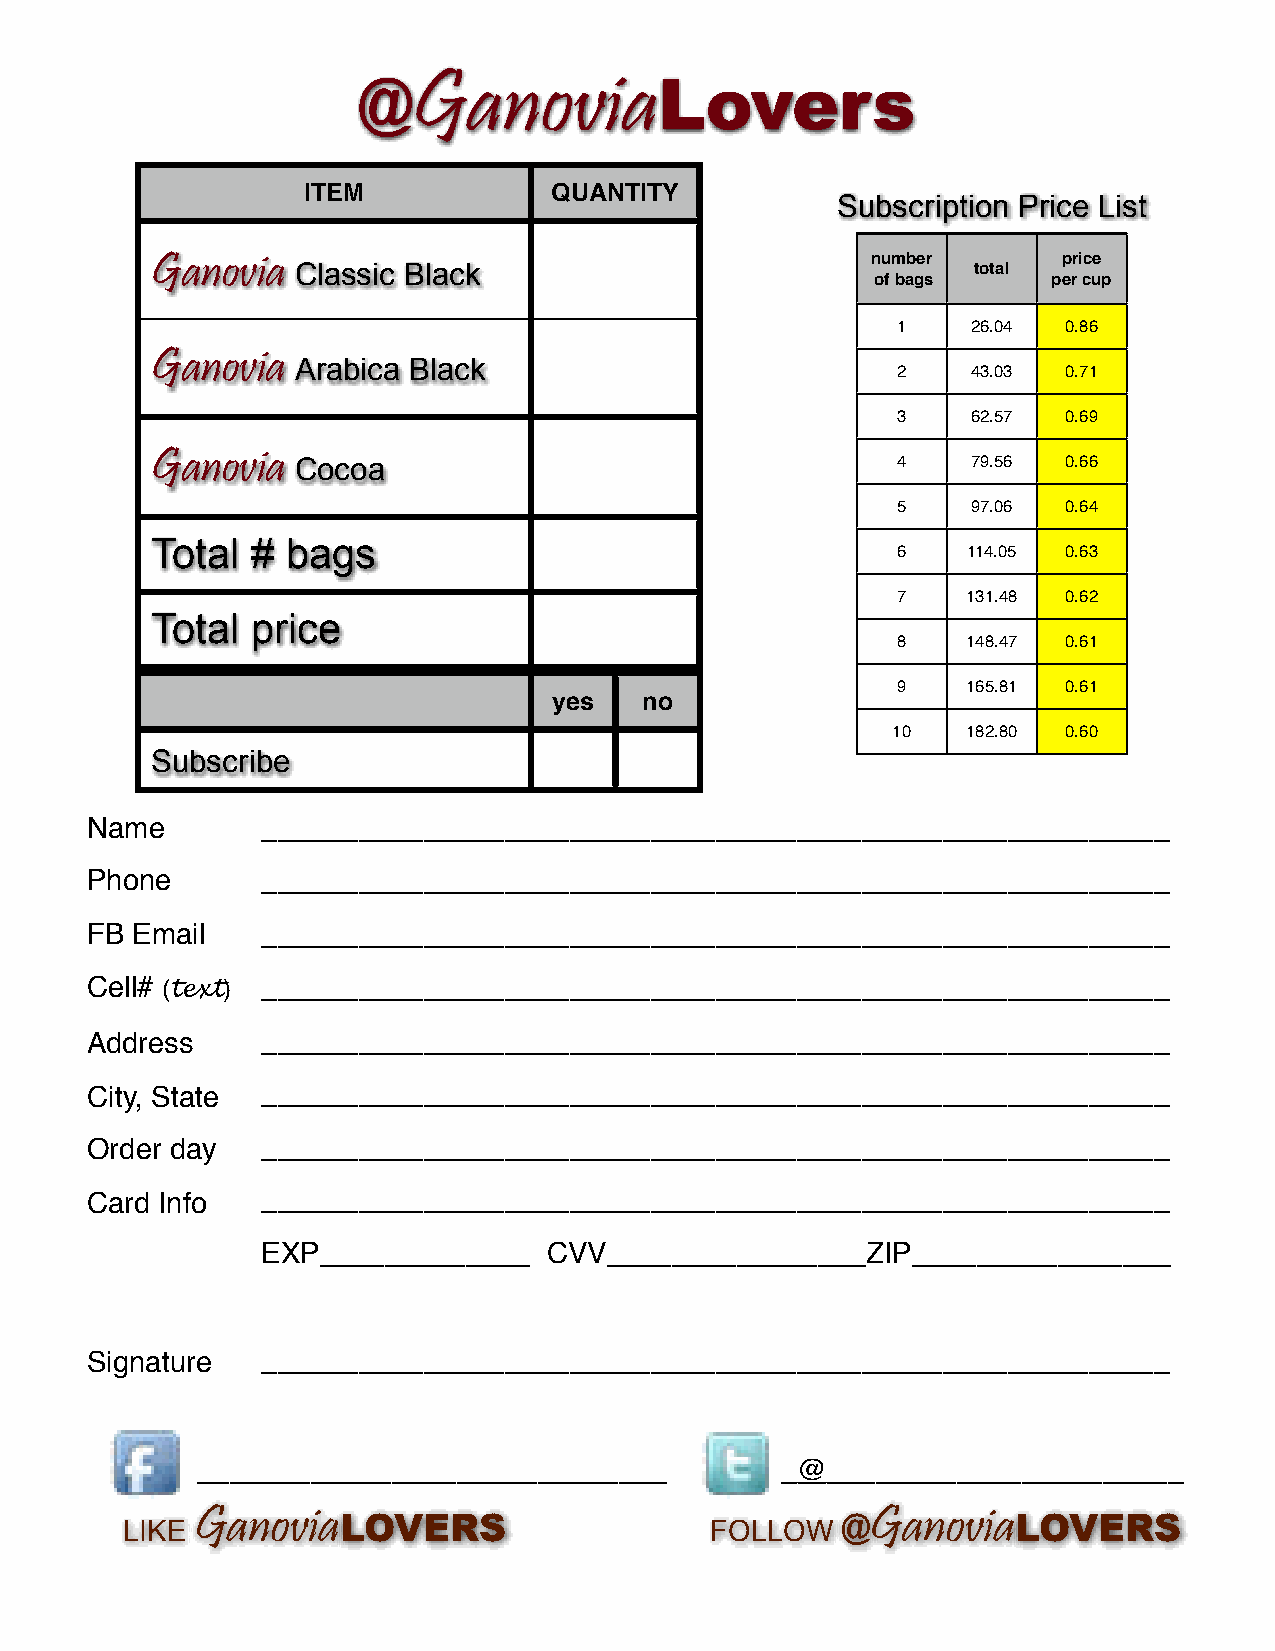
@GanoviaLovers
 ITEM             QUANTITY
 Subscription Price List
 Ganovia   Classic Black                         number total price
 of bags     per cup
 1    26.04  0.86
 Ganovia   Arabica Black
 2    43.03  0.71
 3    62.57  0.69
 Ganovia   Cocoa                                  4    79.56  0.66
 5    97.06  0.64
 Total  # bags
 6    114.05 0.63
 7    131.48 0.62
 Total  price
 8    148.47 0.61
 9    165.81 0.61
 yes   no
 10   182.80 0.60
 Subscribe
 Name       ________________________________________________________
 Phone      ________________________________________________________
 FB Email   ________________________________________________________
 Cell# (text) ________________________________________________________
 Address    ________________________________________________________
 City, State ________________________________________________________
 Order day  ________________________________________________________
 Card Info  ________________________________________________________
 EXP_____________   CVV________________ZIP________________
 Signature  ________________________________________________________
 _____________________________          _@______________________
 LIKE
 GanoviaLOVERS
 FOLLOW
 @GanoviaLOVERS